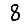
Digit: 8